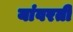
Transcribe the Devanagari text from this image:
यांवरती